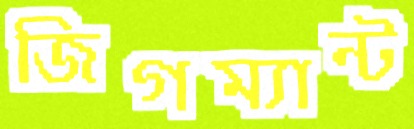
জিগম্যান্ট